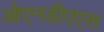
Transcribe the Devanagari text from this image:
ओएनडीएएस